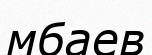
мбаев